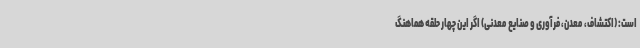
است: (اکتشاف، معدن، فرآوری و صنایع معدنی) اگر این چهار حلقه هماهنگ